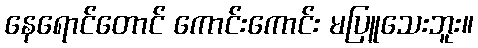
နေရောင်တောင် ကောင်းကောင်း မပြူသေးဘူး။